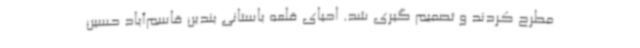
مطرح کردند و تصمیم گیری شد. احیای قلعه باستانی بندبن قاسم‌آباد حسین